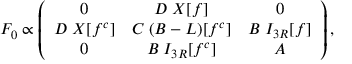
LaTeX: F _ { 0 } \propto \left( \begin{array} { c c c } { { 0 } } & { { D \; X [ f ] } } & { { 0 } } \\ { { D \; X [ f ^ { c } ] } } & { { C \; ( B - L ) [ f ^ { c } ] } } & { { B \; I _ { 3 R } [ f ] } } \\ { { 0 } } & { { B \; I _ { 3 R } [ f ^ { c } ] } } & { { A } } \end{array} \right) ,